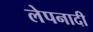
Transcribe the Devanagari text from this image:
लेपनादी